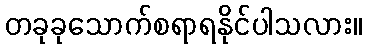
တခုခုသောက်စရာရနိုင်ပါသလား။